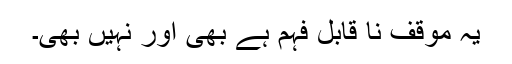
یہ موقف نا قابل فہم ہے بھی اور نہیں بھی۔